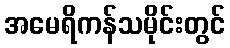
အမေရိကန်သမိုင်းတွင်